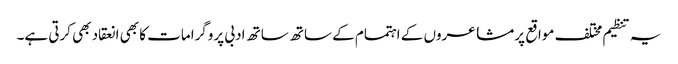
یہ تنظیم مختلف مواقع پر مشاعروں کے اہتمام کے ساتھ ساتھ ادبی پروگرامات کا بھی انعقاد بھی کرتی ہے۔